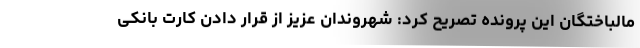
مالباختگان این پرونده تصریح کرد: شهروندان عزیز از قرار دادن کارت بانکی